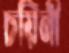
চয়িনী